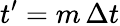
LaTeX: t^{\prime}=m\, \Delta t